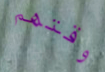
وقتهم